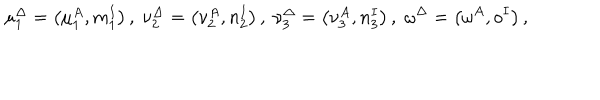
LaTeX: \mu _ { 1 } ^ { \Delta } = \left( \mu _ { 1 } ^ { A } , m _ { 1 } ^ { I } \right) , \; \nu _ { 2 } ^ { \Delta } = \left( \nu _ { 2 } ^ { A } , n _ { 2 } ^ { I } \right) , \; \nu _ { 3 } ^ { \Delta } = \left( \nu _ { 3 } ^ { A } , n _ { 3 } ^ { I } \right) , \; \omega ^ { \Delta } = \left( \omega ^ { A } , o ^ { I } \right) ,